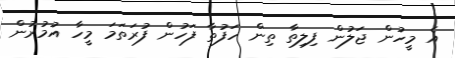
އެ މީހުން ޖަލުން ފިލިތާ ތިން ހަފުތާ ފަހުން ފުރަތަމަ މީހާ އުމުރުން